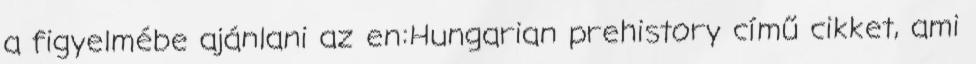
a figyelmébe ajánlani az en:Hungarian prehistory című cikket, ami